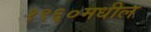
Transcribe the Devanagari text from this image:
१९६०मधील